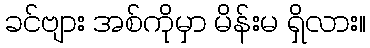
ခင်ဗျား အစ်ကိုမှာ မိန်းမ ရှိလား။